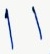
Text: 11